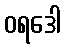
ဝရဒေါ